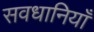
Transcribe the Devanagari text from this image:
सवधानियाँ